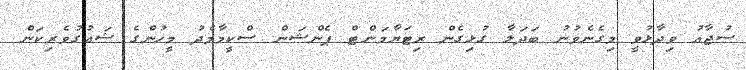
ސުޖާއު ވިދާޅުވީ މިގެނެވުނު ބަދަލާ ގުޅިގެން ރިޓަޔާމަންޓް ޕެންޝަން ސްކީމާމެދު މީހުންގެ ޝައުގުވެރިކަން